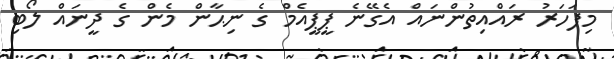
މިފަހަރު ރައްއިތުންނައް އެގޭނެ ޕީޕީއެމް ގެ ނިޙާން މެން ގެ ދީނައް ލޯބި